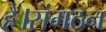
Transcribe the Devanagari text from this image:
है।संगठन